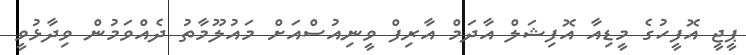
ޕީޖީ އޮފީހުގެ މީޑިއާ އޮފިޝަލް އާދަމް އާރިފް ވީނިއުސްއަށް މައުލޫމާތު ދެއްވަމުން ވިދާޅުވީ